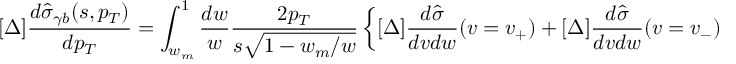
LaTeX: [ \Delta ] \frac { d \hat { \sigma } _ { \gamma b } ( s , p _ { T } ) } { d p _ { T } } = \int _ { w _ { m } } ^ { 1 } \frac { d w } { w } \frac { 2 p _ { T } } { s \sqrt { 1 - w _ { m } / w } } \left\{ [ \Delta ] \frac { d \hat { \sigma } } { d v d w } ( v = v _ { + } ) + [ \Delta ] \frac { d \hat { \sigma } } { d v d w } ( v = v _ { - } ) \right\} ,